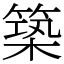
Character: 築